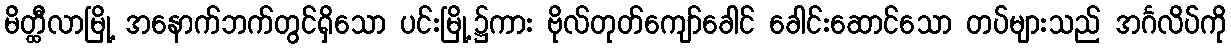
မိတ္ထီလာမြို့ အနောက်ဘက်တွင်ရှိသော ပင်းမြို့၌ကား ဗိုလ်တုတ်ကျော်ခေါင် ခေါင်းဆောင်သော တပ်များသည် အင်္ဂလိပ်ကို